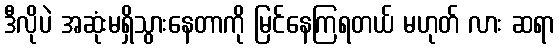
ဒီလိုပဲ အဆုံးမရှိသွားနေတာကို မြင်နေကြရတယ် မဟုတ် လား ဆရာ